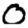
Digit: 0